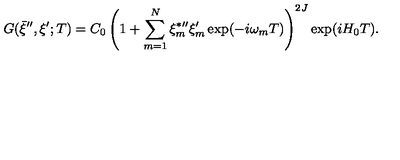
G ( \bar { \xi } ^ { \prime \prime } , \xi ^ { \prime } ; T ) = C _ { 0 } \left( 1 + \sum _ { m = 1 } ^ { N } \xi _ { m } ^ { \ast \prime \prime } \xi _ { m } ^ { \prime } \exp ( - i \omega _ { m } T ) \right) ^ { 2 J } \exp ( i H _ { 0 } T ) .